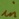
Text: in